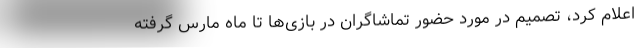
اعلام کرد، تصمیم در مورد حضور تماشاگران در بازی‌ها تا ماه مارس گرفته